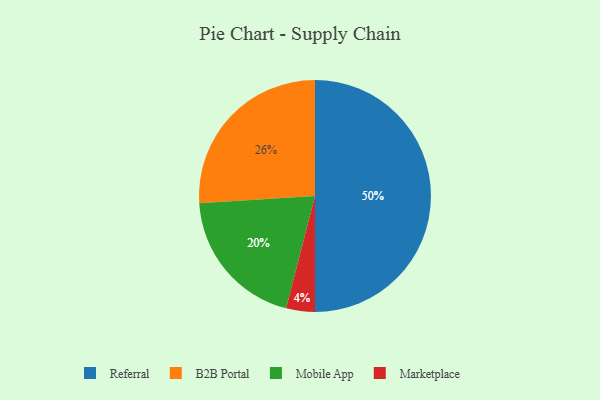
{"axis": {"x": "Category", "y": "Percentage"}, "legend": ["B2B Portal", "Marketplace", "Mobile App", "Referral"], "data": [{"x": "Referral", "y": 50, "type": "Referral"}, {"x": "Marketplace", "y": 4, "type": "Marketplace"}, {"x": "Mobile App", "y": 20, "type": "Mobile App"}, {"x": "B2B Portal", "y": 26, "type": "B2B Portal"}]}